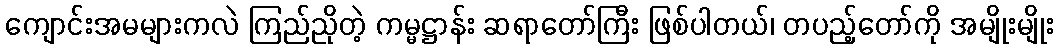
ကျောင်းအမများကလဲ ကြည်ညိုတဲ့ ကမ္မဋ္ဌာန်း ဆရာတော်ကြီး ဖြစ်ပါတယ်၊ တပည့်တော်ကို အမျိုးမျိုး